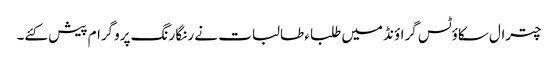
چترال سکاؤٹس گراؤنڈ میں طلباء طالبات نے رنگا رنگ پروگرام پیش کئے۔